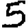
Digit: 5